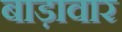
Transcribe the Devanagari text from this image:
बाड़ावार